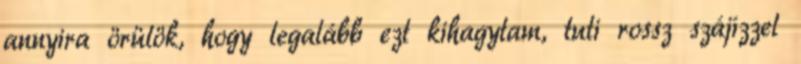
annyira örülök, hogy legalább ezt kihagytam, tuti rossz szájí­zzel